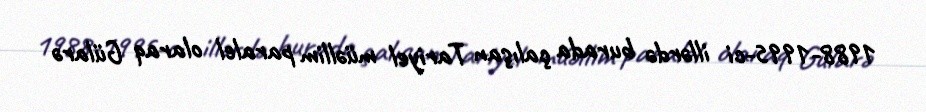
1988-1995-ci illərdə burada çalışan Tariyel müəllim paralel olaraq Gülarə